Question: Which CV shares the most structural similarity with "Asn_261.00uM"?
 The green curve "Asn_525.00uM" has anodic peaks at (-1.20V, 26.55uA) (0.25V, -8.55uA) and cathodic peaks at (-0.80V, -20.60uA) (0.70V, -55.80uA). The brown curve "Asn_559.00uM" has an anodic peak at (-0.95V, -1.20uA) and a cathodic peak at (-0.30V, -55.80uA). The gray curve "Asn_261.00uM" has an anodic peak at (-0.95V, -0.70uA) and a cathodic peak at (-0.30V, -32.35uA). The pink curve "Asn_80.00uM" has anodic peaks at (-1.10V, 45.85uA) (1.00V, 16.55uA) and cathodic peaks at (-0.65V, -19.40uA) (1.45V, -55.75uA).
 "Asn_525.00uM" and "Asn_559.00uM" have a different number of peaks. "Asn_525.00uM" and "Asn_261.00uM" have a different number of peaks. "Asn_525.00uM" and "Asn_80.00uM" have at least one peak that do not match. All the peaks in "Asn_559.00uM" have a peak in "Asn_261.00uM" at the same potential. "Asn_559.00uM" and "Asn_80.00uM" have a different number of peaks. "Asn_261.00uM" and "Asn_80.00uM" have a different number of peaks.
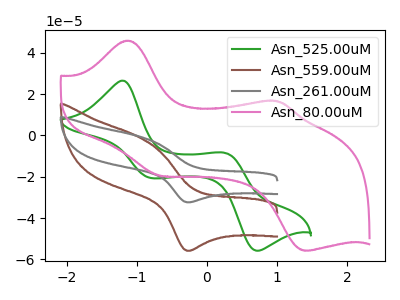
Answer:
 <answer>The CV with the most similar shape to "Asn_559.00uM" is "Asn_261.00uM".</answer>
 <eval>"Asn_261.00uM"</eval>